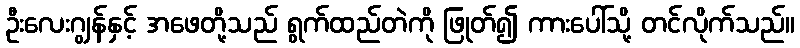
ဦးလေးဂျွန်နှင့် အဖေတို့သည် ရွက်ထည်တဲကို ဖြုတ်၍ ကားပေါ်သို့ တင်လိုက်သည်။